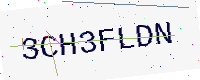
Text: 3CH3FLDN